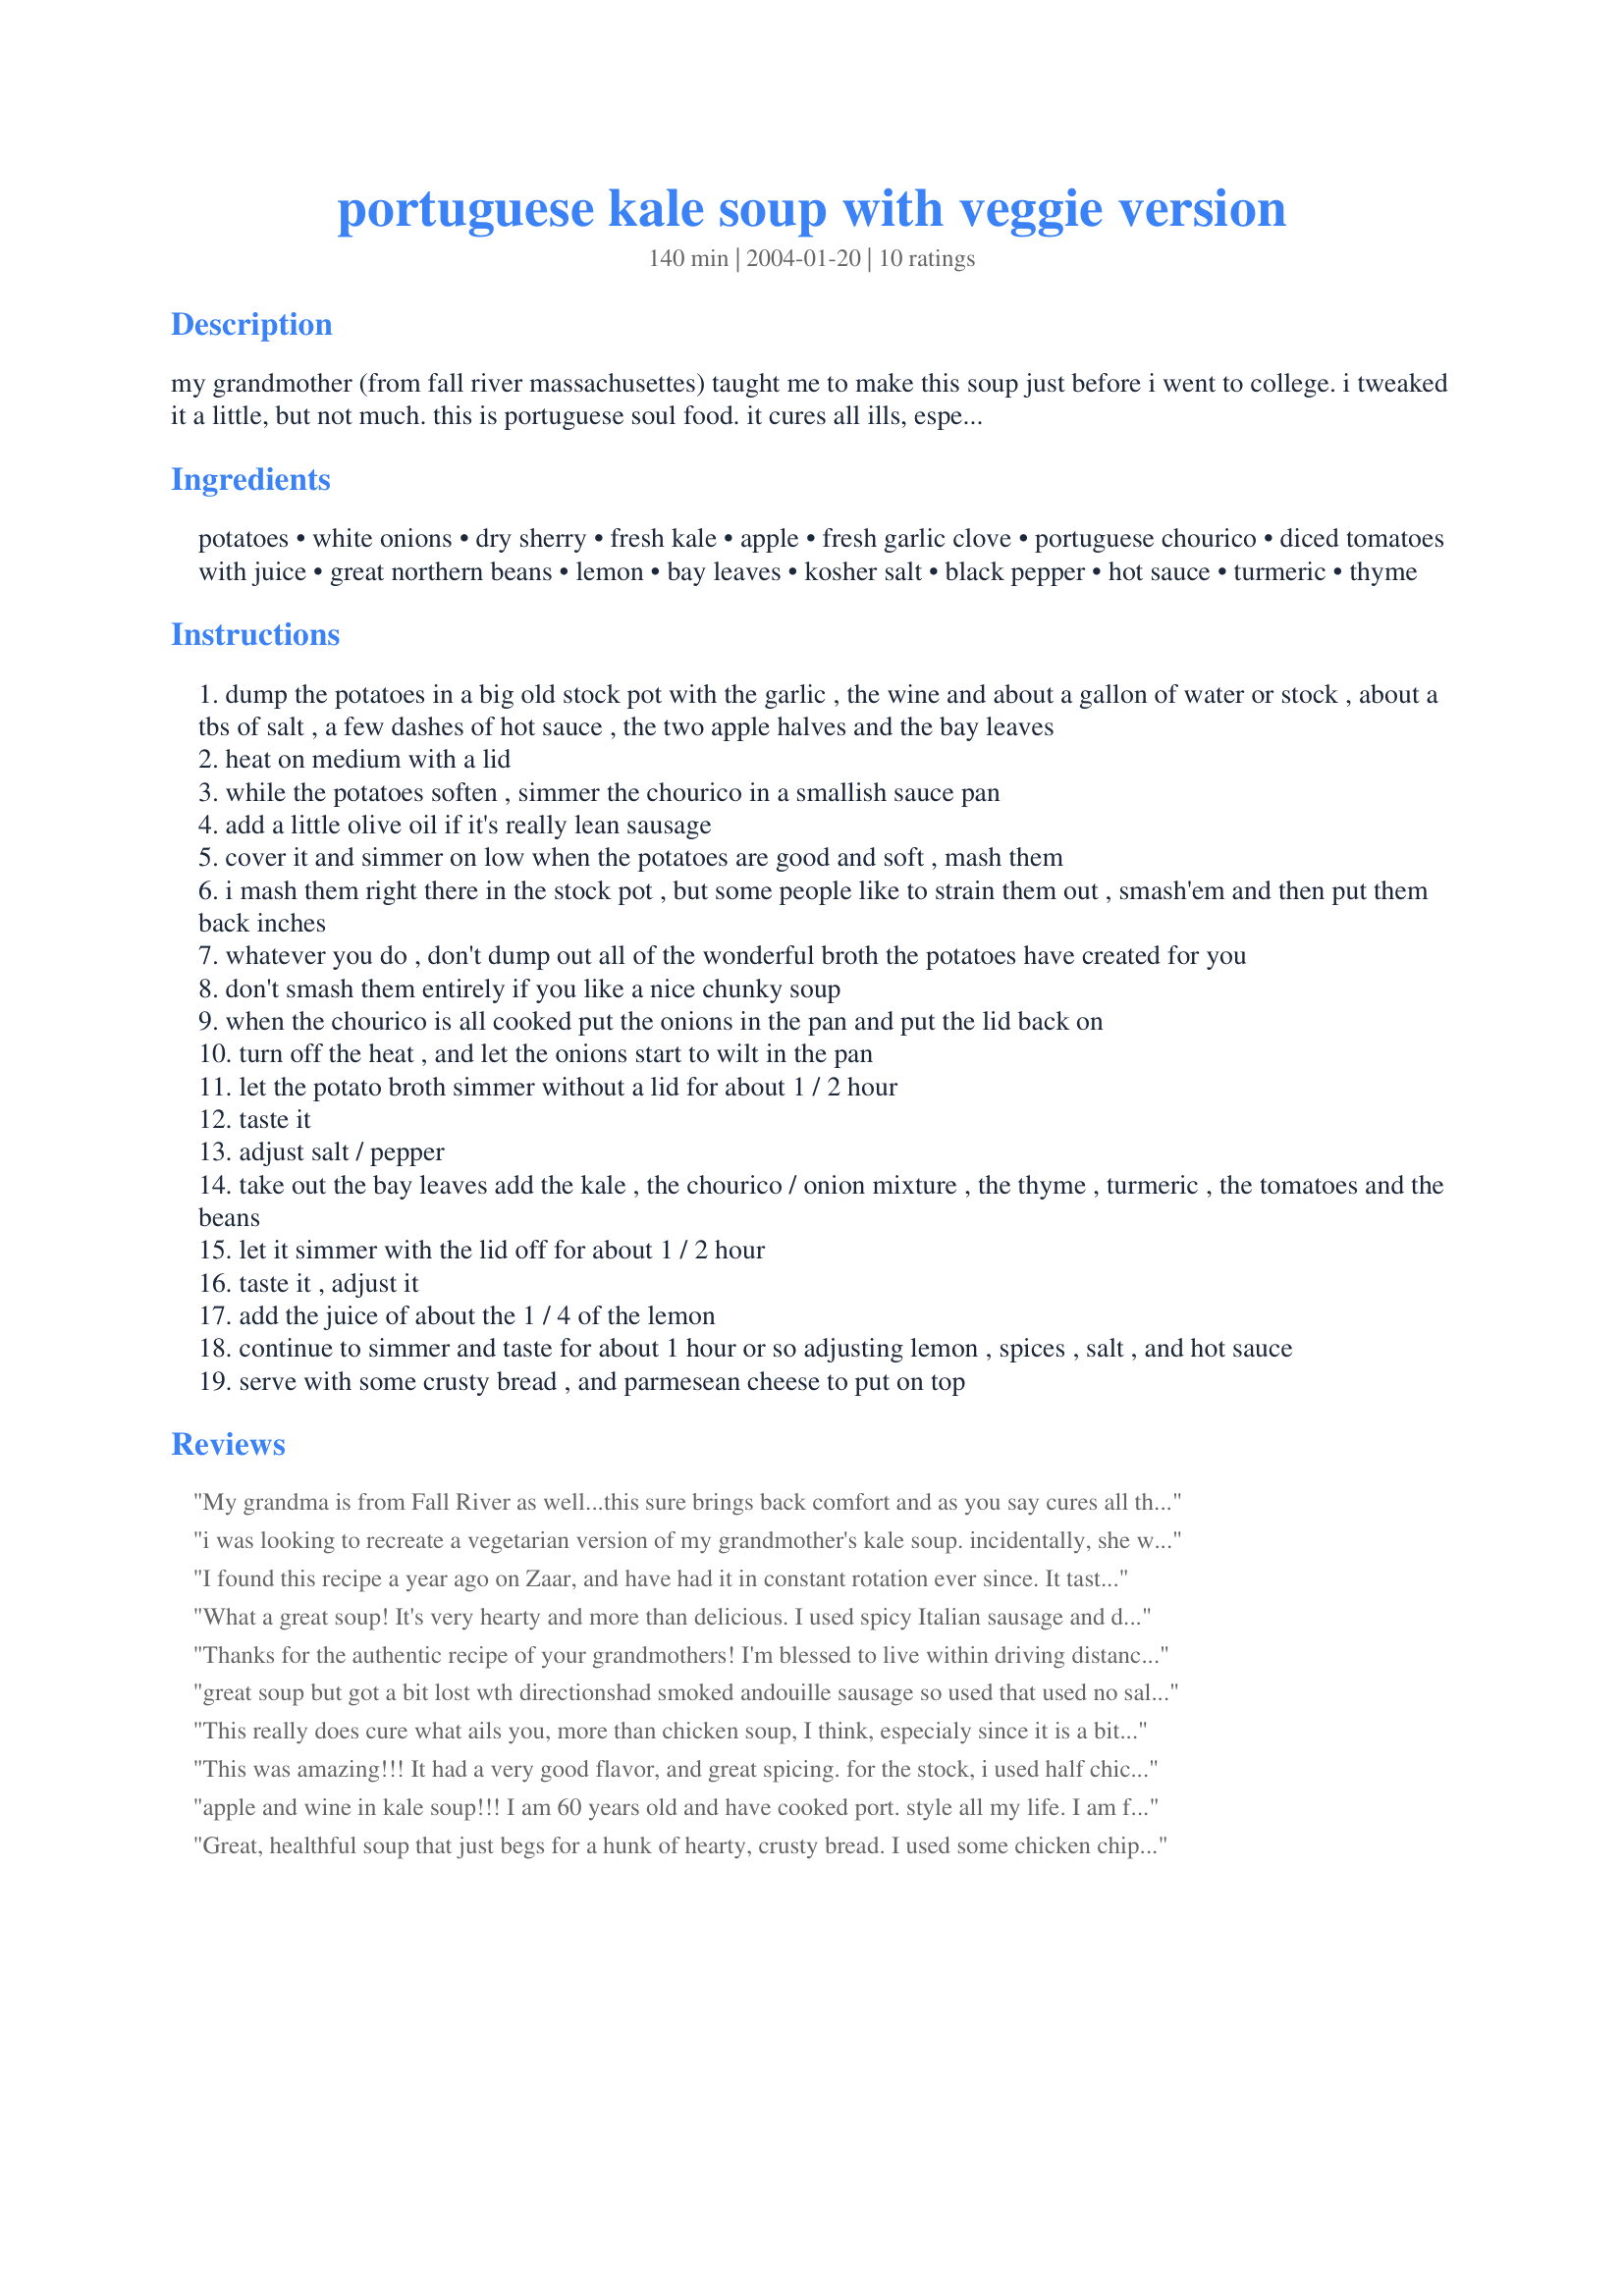
portuguese kale soup with veggie version
Preparation time: 140 minutes

my grandmother (from fall river massachusettes) taught me to make this soup just before i went to college. i tweaked it a little, but not much. this is portuguese soul food. it cures all ills, especially the rainy cabin fever i get here in seattle each winter.
note: 12.02.07 i stopped eating meat, but still love to make this soup. vegetarians... use "soyrizo" instead of chourice.

Ingredients:
potatoes, white onions, dry sherry, fresh kale, apple, fresh garlic clove, portuguese chourico, diced tomatoes with juice, great northern beans, lemon, bay leaves, kosher salt, black pepper, hot sauce, turmeric, thyme

Steps:
dump the potatoes in a big old stock pot with the garlic , the wine and about a gallon of water or stock , about a tbs of salt , a few dashes of hot sauce , the two apple halves and the bay leaves
heat on medium with a lid
while the potatoes soften , simmer the chourico in a smallish sauce pan
add a little olive oil if it's really lean sausage
cover it and simmer on low when the potatoes are good and soft , mash them
i mash them right there in the stock pot , but some people like to strain them out , smash'em and then put them back inches
whatever you do , don't dump out all of the wonderful broth the potatoes have created for you
don't smash them entirely if you like a nice chunky soup
when the chourico is all cooked put the onions in the pan and put the lid back on
turn off the heat , and let the onions start to wilt in the pan
let the potato broth simmer without a lid for about 1 / 2 hour
taste it
adjust salt / pepper
take out the bay leaves add the kale , the chourico / onion mixture , the thyme , turmeric , the tomatoes and the beans
let it simmer with the lid off for about 1 / 2 hour
taste it , adjust it
add the juice of about the 1 / 4 of the lemon
continue to simmer and taste for about 1 hour or so adjusting lemon , spices , salt , and hot sauce
serve with some crusty bread , and parmesean cheese to put on top

Reviews:
My grandma is from Fall River as well...this sure brings back comfort and as you say cures all that ales...I dont think my gramma added apples...sounds delish!
i was looking to recreate a vegetarian version of my grandmother's kale soup. incidentally, she was also from fall river. this turned out great and was nearly what i remembered eating as a kid. i omitted the apple, used marsala wine, and substituted a large pinch of chipotle pepper flakes to make up for not using chourico. i also cooked one cup (dry) of elbow macaroni and added it at the end, since that's how my voa (grandmother) did it. :)

thanks for the great recipe!
I found this recipe a year ago on Zaar, and have had it in constant rotation ever since. It tastes extremely authentic, on par with the best local haunts in Massachusetts. I prefer to use sherry, but the white wine works well also. A fine, Old World soup.
What a great soup! It's very hearty and more than delicious. I used spicy Italian sausage and did everything else the same. Anything that starts with 1/2 cup of garlic has to be good.
Thanks for the authentic recipe of your grandmothers! I'm blessed to live within driving distance of East Providence RI where I go to Gaipo's Market for their fresh chourico (pr. Shur-eez) sausage. I like the hot version, sometimes I add in linguica. I've never added sherry or wine to my kale soup and I'll be sure to try it on the next batch. I make huge batches of this soup because it is great fresh, and even better on the second or third day (if it isn't gone by then)
great soup but got a bit lost wth directionshad smoked andouille sausage so used that used no salt added tomatoes, so lower sodium thanks again
This really does cure what ails you, more than chicken soup, I think, especialy since it is a bit tangy and spicy. I have made this 3 times now with different substitutions based on what I had on hand. The best variation was using tomato puree instead of diced tomatoes, and using smoked sausage. I also have found that red or white wine both make good soup. I have been using water with a few teaspoons of chicken boullion. After I tried your recipe, I had intended to try one of the other recipes, but this one was so delicious and perfect, and I loved your directions (like I have a real expert grandma helping me), so I couldn't bring myself to even try another recipe. My husband is from Germany and I love the soups there and this one has that same old world depth of flavor that a quick cooked soup doesn't have. Also, my husband was afraid of Kale before he ate this soup, he expected it to be bitter, but there is none of that. (I don't ever taste kale as bitter, maybe I've been lucky) Great recipe. Thank you so much for posting it.
This was amazing!!! It had a very good flavor, and great spicing. for the stock, i used half chicken half beef just because that was what i had on hand and it still turned out wonderful. The apple was a nice addition to the stock. it made it slightly sweet, but very very subtly. I the only problem is that the recipe it doesn't say what to do with the can of tomatoes or the garlic. I added the garlic when i checked the taste before i added the kale. I left the tomatoes out because it when i tasted it, the flavor was already amazing.
apple and wine in kale soup!!! I am 60 years old and have cooked port. style all my life. I am ful-blooded portugese and these receipes are really off-the board!!!
Great, healthful soup that just begs for a hunk of hearty, crusty bread. I used some chicken chipotle sausage to cut down on the saturated fat.
